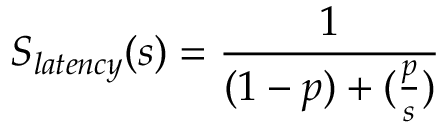
S _ { l a t e n c y } ( s ) = \frac { 1 } { ( 1 - p ) + ( \frac { p } { s } ) }